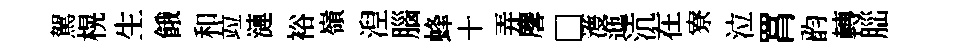
駕榥生餓和竝漣裕嶺湼腦蜂十弄麐□濩迤沆在寮泣罥韵轉𦛁